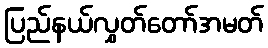
ပြည်နယ်လွှတ်တော်အမတ်